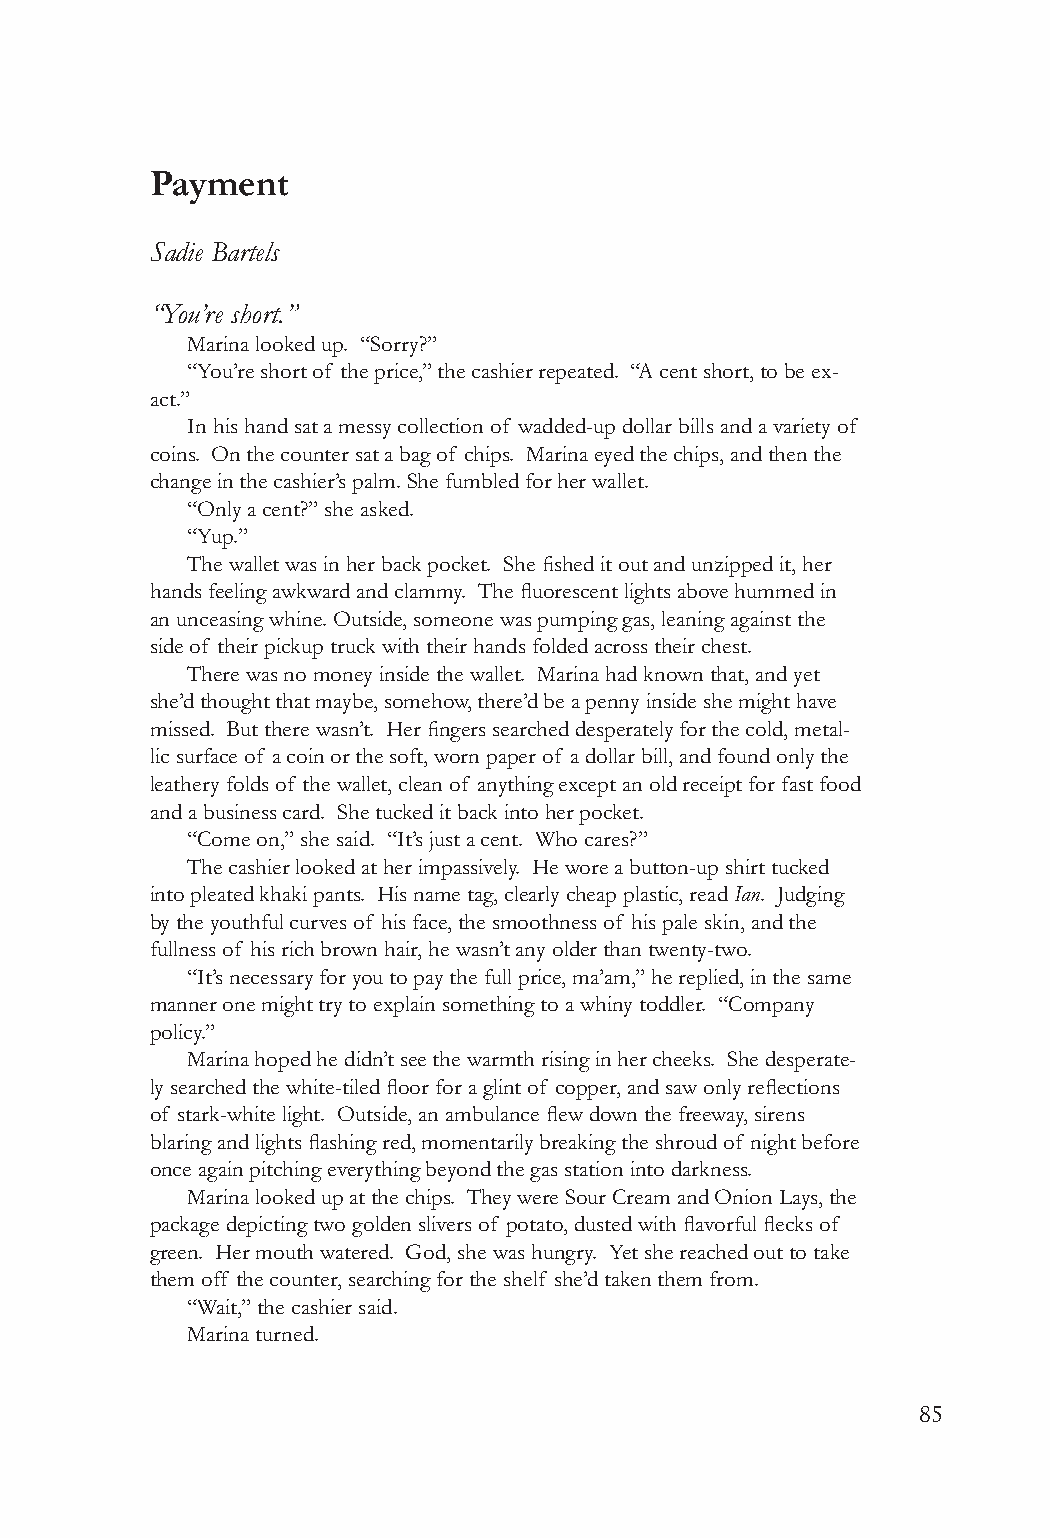
Payment
 Sadie Bartels
 “You’re short.”
 Marina looked up. “Sorry?”
 “You’re short of the price,” the cashier repeated. “A cent short, to be ex-
 act.”
 In his hand sat a messy collection of wadded-up dollar bills and a variety of
 coins. On the counter sat a bag of chips. Marina eyed the chips, and then the
 change in the cashier’s palm. She fumbled for her wallet.
 “Only a cent?” she asked.
 “Yup.”
 The wallet was in her back pocket. She fished it out and unzipped it, her
 hands feeling awkward and clammy. The fluorescent lights above hummed in
 an unceasing whine. Outside, someone was pumping gas, leaning against the
 side of their pickup truck with their hands folded across their chest.
 There was no money inside the wallet. Marina had known that, and yet
 she’d thought that maybe, somehow, there’d be a penny inside she might have
 missed. But there wasn’t. Her fingers searched desperately for the cold, metal-
 lic surface of a coin or the soft, worn paper of a dollar bill, and found only the
 leathery folds of the wallet, clean of anything except an old receipt for fast food
 and a business card. She tucked it back into her pocket.
 “Come on,” she said. “It’s just a cent. Who cares?”
 The cashier looked at her impassively. He wore a button-up shirt tucked
 into pleated khaki pants. His name tag, clearly cheap plastic, read Ian. Judging
 by the youthful curves of his face, the smoothness of his pale skin, and the
 fullness of his rich brown hair, he wasn’t any older than twenty-two.
 “It’s necessary for you to pay the full price, ma’am,” he replied, in the same
 manner one might try to explain something to a whiny toddler. “Company
 policy.”
 Marina hoped he didn’t see the warmth rising in her cheeks. She desperate-
 ly searched the white-tiled floor for a glint of copper, and saw only reflections
 of stark-white light. Outside, an ambulance flew down the freeway, sirens
 blaring and lights flashing red, momentarily breaking the shroud of night before
 once again pitching everything beyond the gas station into darkness.
 Marina looked up at the chips. They were Sour Cream and Onion Lays, the
 package depicting two golden slivers of potato, dusted with flavorful flecks of
 green. Her mouth watered. God, she was hungry. Yet she reached out to take
 them off the counter, searching for the shelf she’d taken them from.
 “Wait,” the cashier said.
 Marina turned.
 85